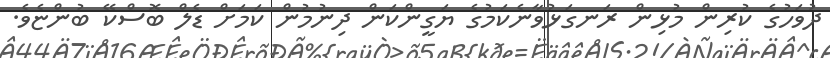
ދުވަހުގެ ކުރިން މުޅިން ރަނގަޅުވާނެކަމުގެ ޔަގީންކަން ދިނުމުން ކަމަށް ޑެލް ބޮސްކޭ ބުންޏެވެ.